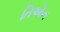
તિએન